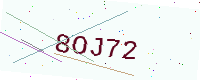
Text: 8OJ72